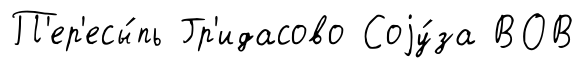
П'ер'есы́пь Гр'идасово Соjу́за ВОВ